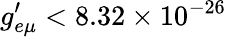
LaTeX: g_{e\mu}^{\prime}<8.32\times 10^{-26}